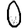
Digit: 0